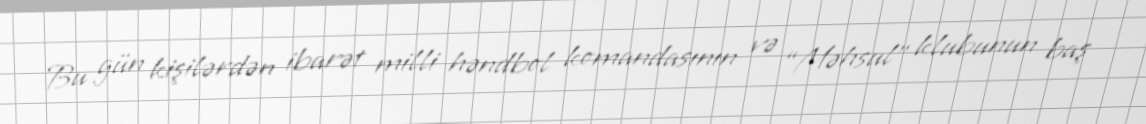
Bu gün kişilərdən ibarət milli həndbol komandasının və “Məhsul” klubunun baş